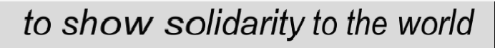
to show solidarity to the world